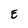
Character: E